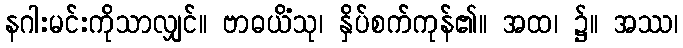
နဂါးမင်းကိုသာလျှင်။ ဗာဓယိံသု၊ နှိပ်စက်ကုန်၏။ အထ၊ ၌။ အဿ၊